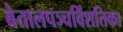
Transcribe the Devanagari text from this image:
बेतालपञ्चविंशतिका